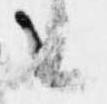
候